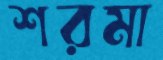
শরমা